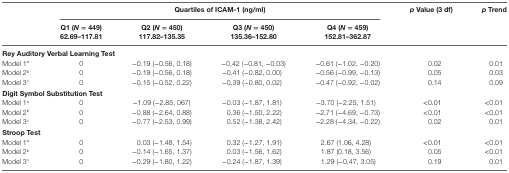
| <ROWSPAN=2>  | <COLSPAN=4> Quartiles of ICAM-1 (ng/ml) | <ROWSPAN=2> p Value (3 df) | <ROWSPAN=2> p Trend |
 | Q1 (N = 449)62.69–117.81 | Q2 (N = 450)117.82–135.35 | Q3 (N = 450)135.36–152.80 | Q4 (N = 459)152.81–362.87 |
 | --- | --- | --- | --- | --- | --- | --- |
 | <COLSPAN=7> Rey Auditory Verbal Learning Test |
 | Model 1a | 0 | −0.19 (−0.56, 0.18) | −0.42 (−0.81, −0.03) | −0.61 (−1.02, −0.20) | 0.02 | 0.01 |
 | Model 2b | 0 | −0.19 (−0.56, 0.18) | −0.41 (−0.82, 0.00) | −0.56 (−0.99, −0.13) | 0.05 | 0.03 |
 | Model 3c | 0 | −0.15 (−0.52, 0.22) | −0.39 (−0.80, 0.02) | −0.47 (−0.92, −0.02) | 0.14 | 0.09 |
 | <COLSPAN=7> Digit Symbol Substitution Test |
 | Model 1a | 0 | −1.09 (−2.85, 067) | −0.03 (−1.87, 1.81) | −3.70 (−2.25, 1.51) | <0.01 | <0.01 |
 | Model 2b | 0 | −0.88 (−2.64, 0.88) | 0.36 (−1.50, 2.22) | −2.71 (−4.69, −0.73) | <0.01 | <0.01 |
 | Model 3c | 0 | −0.77 (−2.53, 0.99) | 0.52 (−1.38, 2.42) | −2.28 (−4.34, −0.22) | 0.02 | 0.01 |
 | <COLSPAN=7> Stroop Test |
 | Model 1a | 0 | 0.03 (−1.48, 1.54) | 0.32 (−1.27, 1.91) | 2.67 (1.06, 4.28) | <0.01 | <0.01 |
 | Model 2b | 0 | −0.14 (−1.65, 1.37) | 0.03 (−1.56, 1.62) | 1.87 (0.18, 3.56) | 0.05 | <0.01 |
 | Model 3c | 0 | −0.29 (−1.80, 1.22) | −0.24 (−1.87, 1.39) | 1.29 (−0.47, 3.05) | 0.19 | 0.01 |